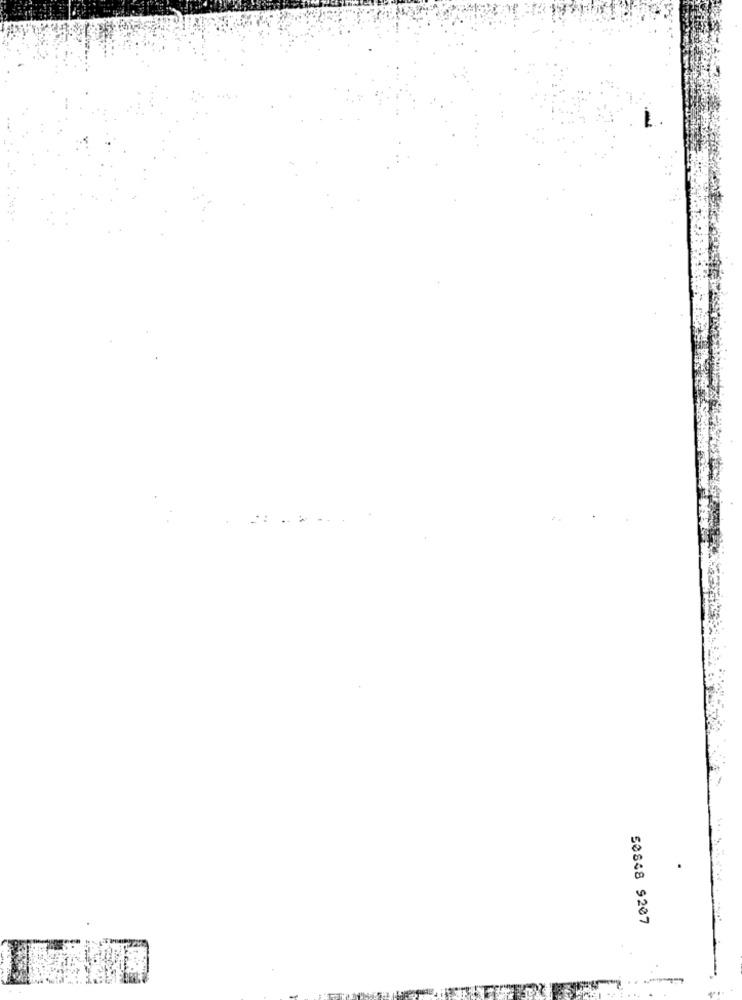
50848 9207